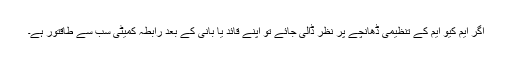
اگر ایم کیو ایم کے تنظیمی ڈھانچے پر نظر ڈالی جائے تو اپنے قائد یا بانی کے بعد رابطہ کمیٹی سب سے طاقتور ہے۔